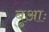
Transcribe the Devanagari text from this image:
बुआः